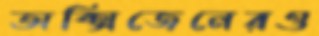
অক্সিজেনেরও